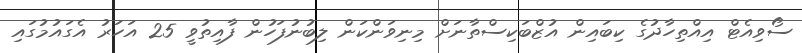
ސޯވިއެޓް އިއްތިހާދުގެ ކިބައިން އުޒްބަކިސްތާނަށް މިނިވަންކަން ލިބުނުފަހުން ފާއިތުވީ 25 އަހަރު އެގައުމުގައި